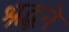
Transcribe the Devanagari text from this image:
श्रद्धने